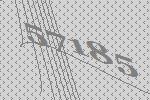
57185